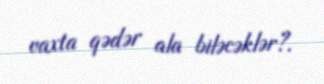
vaxta qədər ala biləcəklər?.